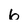
Character: 6